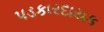
પડકારદાયક